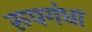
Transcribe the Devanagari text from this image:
रूपगंधा